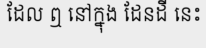
ដែល ឮ នៅក្នុង ដែនដី នេះ